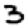
Digit: 3